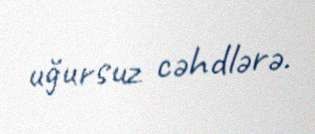
uğursuz cəhdlərə.